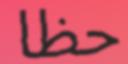
حظا